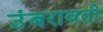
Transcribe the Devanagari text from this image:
उंबरावती